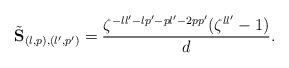
LaTeX: \begin{align*} \tilde{\mathbf{S}}_{(l,p),(l',p')}=\frac{\zeta^{-ll'-lp'-pl'-2pp'}(\zeta^{ll'}-1)}{d}.\end{align*}